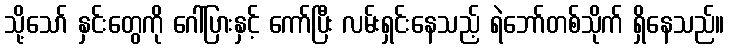
သို့သော် နှင်းတွေကို ဂေါ်ပြားနှင့် ကော်ပြီး လမ်းရှင်းနေသည့် ရဲဘော်တစ်သိုက် ရှိနေသည်။